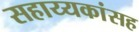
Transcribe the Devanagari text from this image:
सहाय्यकांसह